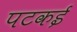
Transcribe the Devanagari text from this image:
पटकई